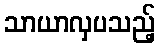
သာယာလှပသည့်